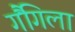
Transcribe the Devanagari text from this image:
गैंगिला